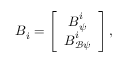
{ \boldsymbol { { B } } _ { i } } = \left[ \begin{array} { c } { { \boldsymbol { { B } } _ { \psi } ^ { i } } } \\ { { \boldsymbol { { B } } _ { \mathcal B \psi } ^ { i } } } \end{array} \right] ,